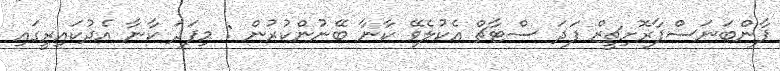
ޕާންބަނަސްފާރޮށިޗީޒް ފަދަ ސްޓާޗް އެކުލެވޭ ކާނާ ބޭނުންކުރުން : މިފަދަ ކާނާ އެދުކައިރީގައި